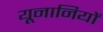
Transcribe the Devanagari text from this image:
यूनानियों